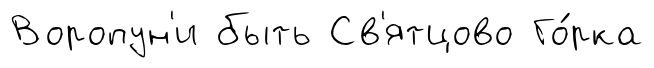
Воропун'и быть Св'ятцово Го́рка